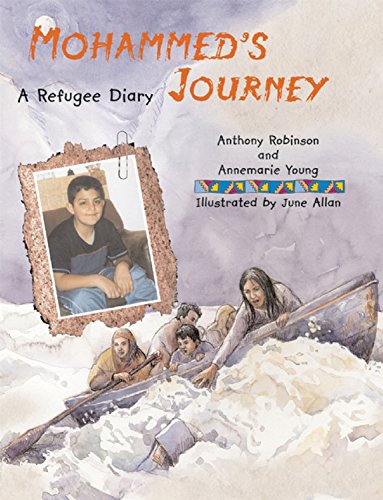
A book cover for Mohammed's Journey (A Refugee Diary); Anthony Robinson; Children's Books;